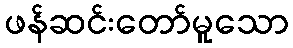
ဖန်ဆင်းတော်မူသော